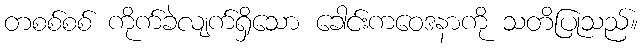
တစစ်စစ် ကိုက်ခဲလျက်ရှိသော ခေါင်းကဝေဒနာကို သတိပြုသည်။